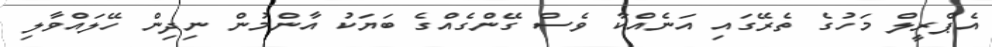
އެޕްރީލް މަހުގެ ތެރޭގައި އަނެއްކާ ވެސް ގޭންގެއްގެ ބަޔަކު އާންމުން ނިދިން ހޭލައްވާލި